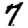
Digit: 7